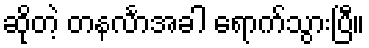
ဆိုတဲ့ တနင်္လာအခါ ရောက်သွားပြီ။